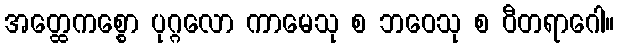
အတ္ထေကစ္စော ပုဂ္ဂလော ကာမေသု စ ဘဝေသု စ ဝီတရာဂေါ။